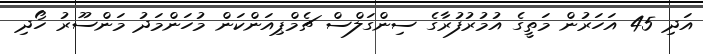
އަދި 45 އަހަރުން މަތީގެ އުމުރުފުރާގެ ސިންގަލްސް ޗެމްޕިއަންކަން މުހަންމަދު މަންސޫރު ހޯދި